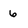
Character: 6